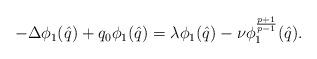
LaTeX: \begin{align*}- \Delta \phi_1(\hat{q})+q_0 \phi_1(\hat{q})={\lambda} \phi_1(\hat{q})-\nu\phi_1^\frac{p+1}{p-1}(\hat{q}).\end{align*}